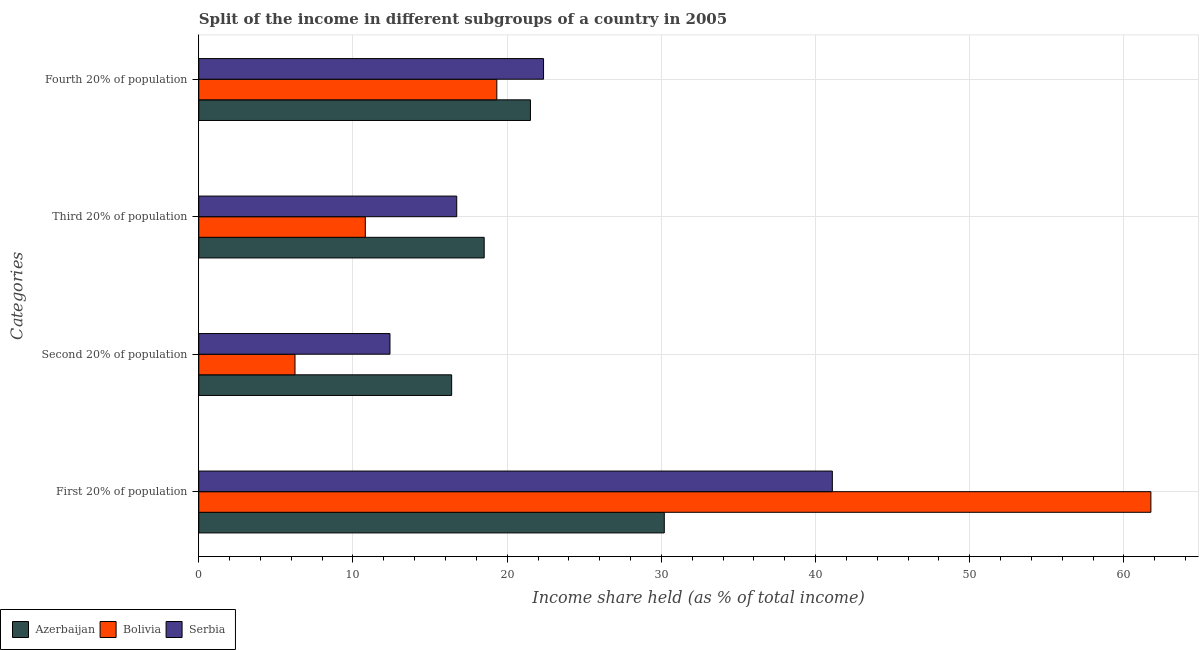
| Categories | Azerbaijan | Bolivia | Serbia |
 | --- | --- | --- | --- |
 | First 20% of population | 30.2 | 61.8 | 41.1 |
 | Second 20% of population | 16.4 | 6.24 | 12.4 |
 | Third 20% of population | 18.5 | 10.8 | 16.7 |
 | Fourth 20% of population | 21.5 | 19.3 | 22.4 |